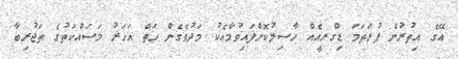
އޭގެ އިތުރުން ފުރަތަމަ ޑިގްރީއެއް ހާސިލުކޮށްފައިވުމާއެކު މަދުވެގެން ހަތް އަހަރު މަސައްކަތުގެ ތަޖުރިބާ